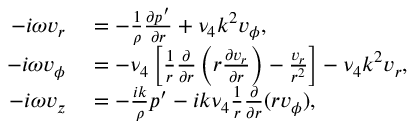
\begin{array} { r l } { - i \omega v _ { r } } & { { } = - \frac { 1 } { \rho } \frac { \partial p ^ { \prime } } { \partial r } + \nu _ { 4 } k ^ { 2 } v _ { \phi } , } \\ { - i \omega v _ { \phi } } & { { } = - \nu _ { 4 } \left[ \frac { 1 } { r } \frac { \partial } { \partial r } \left( r \frac { \partial v _ { r } } { \partial r } \right) - \frac { v _ { r } } { r ^ { 2 } } \right] - \nu _ { 4 } k ^ { 2 } v _ { r } , } \\ { - i \omega v _ { z } } & { { } = - \frac { i k } { \rho } p ^ { \prime } - i k \nu _ { 4 } \frac { 1 } { r } \frac { \partial } { \partial r } ( r v _ { \phi } ) , } \end{array}